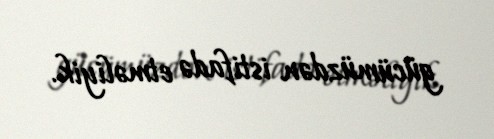
gücümüzdən istifadə etməliyik.